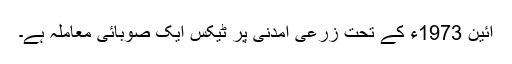
آئین 1973ء کے تحت زرعی آمدنی پر ٹیکس ایک صوبائی معاملہ ہے۔